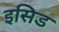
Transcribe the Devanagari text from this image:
इसिड